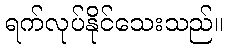
ရက်လုပ်နိုင်သေးသည်။